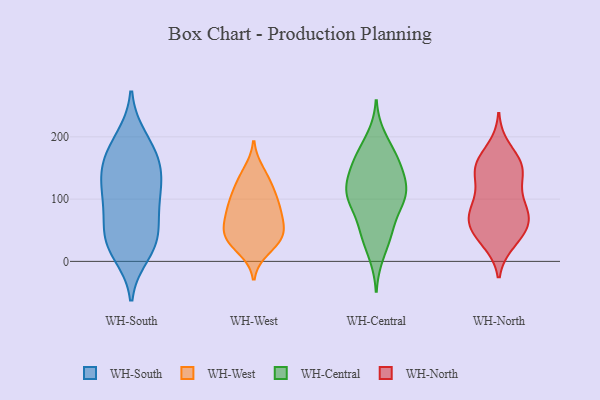
{"axis": {"x": "Operating Costs (USD K)", "y": "Value"}, "legend": ["WH-Central", "WH-North", "WH-South", "WH-West"], "data": [{"x": "", "y": 135, "type": "WH-South"}, {"x": "", "y": 165, "type": "WH-South"}, {"x": "", "y": 12, "type": "WH-South"}, {"x": "", "y": 28, "type": "WH-South"}, {"x": "", "y": 188, "type": "WH-South"}, {"x": "", "y": 112, "type": "WH-South"}, {"x": "", "y": 131, "type": "WH-South"}, {"x": "", "y": 89, "type": "WH-South"}, {"x": "", "y": 198, "type": "WH-South"}, {"x": "", "y": 74, "type": "WH-South"}, {"x": "", "y": 30, "type": "WH-South"}, {"x": "", "y": 94, "type": "WH-South"}, {"x": "", "y": 41, "type": "WH-South"}, {"x": "", "y": 163, "type": "WH-South"}, {"x": "", "y": 147, "type": "WH-South"}, {"x": "", "y": 34, "type": "WH-South"}, {"x": "", "y": 37, "type": "WH-West"}, {"x": "", "y": 121, "type": "WH-West"}, {"x": "", "y": 45, "type": "WH-West"}, {"x": "", "y": 75, "type": "WH-West"}, {"x": "", "y": 68, "type": "WH-West"}, {"x": "", "y": 98, "type": "WH-West"}, {"x": "", "y": 98, "type": "WH-West"}, {"x": "", "y": 145, "type": "WH-West"}, {"x": "", "y": 131, "type": "WH-West"}, {"x": "", "y": 19, "type": "WH-West"}, {"x": "", "y": 40, "type": "WH-West"}, {"x": "", "y": 30, "type": "WH-West"}, {"x": "", "y": 69, "type": "WH-West"}, {"x": "", "y": 46, "type": "WH-West"}, {"x": "", "y": 94, "type": "WH-West"}, {"x": "", "y": 109, "type": "WH-Central"}, {"x": "", "y": 128, "type": "WH-Central"}, {"x": "", "y": 115, "type": "WH-Central"}, {"x": "", "y": 200, "type": "WH-Central"}, {"x": "", "y": 93, "type": "WH-Central"}, {"x": "", "y": 172, "type": "WH-Central"}, {"x": "", "y": 161, "type": "WH-Central"}, {"x": "", "y": 171, "type": "WH-Central"}, {"x": "", "y": 51, "type": "WH-Central"}, {"x": "", "y": 102, "type": "WH-Central"}, {"x": "", "y": 105, "type": "WH-Central"}, {"x": "", "y": 95, "type": "WH-Central"}, {"x": "", "y": 44, "type": "WH-Central"}, {"x": "", "y": 142, "type": "WH-Central"}, {"x": "", "y": 49, "type": "WH-Central"}, {"x": "", "y": 144, "type": "WH-Central"}, {"x": "", "y": 10, "type": "WH-Central"}, {"x": "", "y": 39, "type": "WH-North"}, {"x": "", "y": 66, "type": "WH-North"}, {"x": "", "y": 141, "type": "WH-North"}, {"x": "", "y": 109, "type": "WH-North"}, {"x": "", "y": 149, "type": "WH-North"}, {"x": "", "y": 31, "type": "WH-North"}, {"x": "", "y": 94, "type": "WH-North"}, {"x": "", "y": 140, "type": "WH-North"}, {"x": "", "y": 61, "type": "WH-North"}, {"x": "", "y": 63, "type": "WH-North"}, {"x": "", "y": 153, "type": "WH-North"}, {"x": "", "y": 63, "type": "WH-North"}, {"x": "", "y": 182, "type": "WH-North"}, {"x": "", "y": 158, "type": "WH-North"}, {"x": "", "y": 82, "type": "WH-North"}, {"x": "", "y": 156, "type": "WH-North"}, {"x": "", "y": 35, "type": "WH-North"}, {"x": "", "y": 68, "type": "WH-North"}, {"x": "", "y": 97, "type": "WH-North"}]}